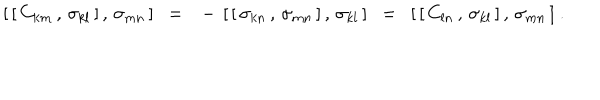
LaTeX: { [ } \, [ \, C _ { k m } \, , \, \sigma _ { k l } \, ] \, , \, \sigma _ { m n } \, ] ~ ~ = ~ ~ - \, [ \, [ \, \sigma _ { k n } \, , \, \sigma _ { m n } \, ] \, , \, \sigma _ { k l } \, ] ~ ~ = ~ ~ [ \, [ \, C _ { l n } \, , \, \sigma _ { k l } \, ] \, , \, \sigma _ { m n } \, ] ~ . ~ ~ ~